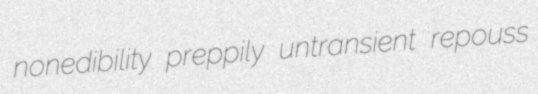
nonedibility preppily untransient repouss